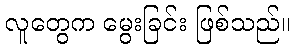
လူတွေက မွေးခြင်း ဖြစ်သည်။